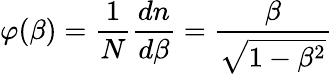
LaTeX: \varphi(\beta)=\frac{1}{N}\frac{dn}{d\beta}=\frac{\beta}{\sqrt{1-\beta^{2}}}